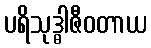
ပရိသုဒ္ဓါဇီဝတာယ